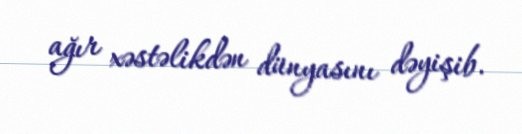
ağır xəstəlikdən dünyasını dəyişib.